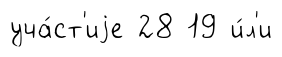
уча́ст'иjе 28 19 и́л'и